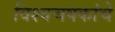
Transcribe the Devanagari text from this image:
विश्वचषकांचे